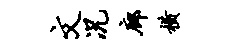
文况廊横